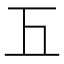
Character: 𢀑